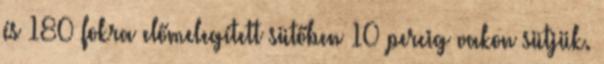
és 180 fokra előmelegített sütőben 10 percig vakon sütjük.